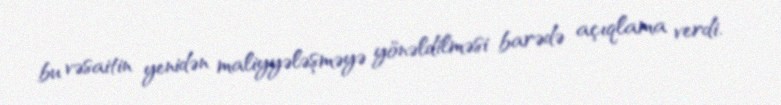
bu vəsaitin yenidən maliyyələşməyə yönəldilməsi barədə açıqlama verdi.